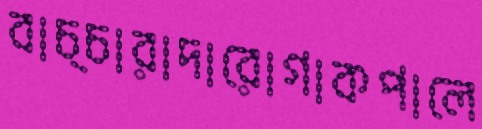
বাচ্চারাদারোগাকপালে